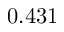
0 . 4 3 1